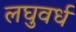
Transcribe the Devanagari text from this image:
लघुवर्ध